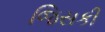
જિસકી